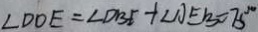
\angle D O E = \angle D B E + \angle A E B = 7 5 ^ { \circ }